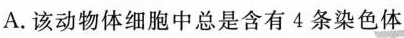
A.该动物体细胞中总是含有4条染色体